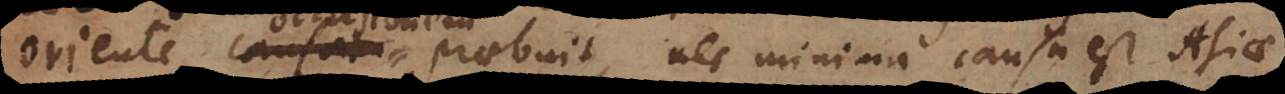
Oriente causam praebuit, nec minima causa est Asia